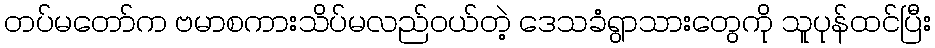
တပ်မတော်က ဗမာစကားသိပ်မလည်ဝယ်တဲ့ ဒေသခံရွာသားတွေကို သူပုန်ထင်ပြီး